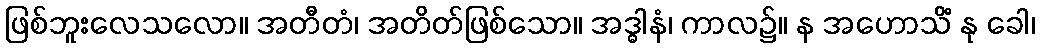
ဖြစ်ဘူးလေသလော။ အတီတံ၊ အတိတ်ဖြစ်သော။ အဒ္ဓါနံ၊ ကာလ၌။ န အဟောသိံ နု ခေါ၊